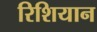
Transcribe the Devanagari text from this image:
रिशियान